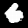
Digit: 6